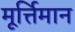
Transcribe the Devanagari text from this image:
मूर्त्तिमान